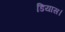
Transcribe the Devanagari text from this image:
डियास।